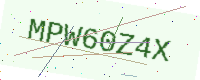
Text: MPW60Z4X